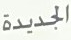
الجديدة